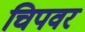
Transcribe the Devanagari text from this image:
चिपवर